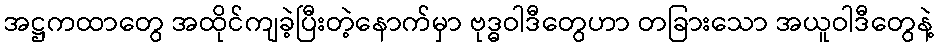
အဋ္ဌကထာတွေ အထိုင်ကျခဲ့ပြီးတဲ့နောက်မှာ ဗုဒ္ဓဝါဒီတွေဟာ တခြားသော အယူဝါဒီတွေနဲ့